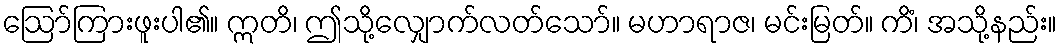
ဩော်ကြားဖူးပါ၏။ ဣတိ၊ ဤသို့လျှောက်လတ်သော်။ မဟာရာဇ၊ မင်းမြတ်။ ကိံ၊ အသို့နည်း။